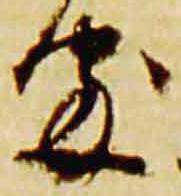
処